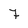
Character: 7